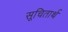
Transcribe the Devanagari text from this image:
सूचितार्थ